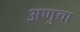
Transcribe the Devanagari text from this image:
अणुचा